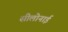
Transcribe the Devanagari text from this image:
सीलोनाई